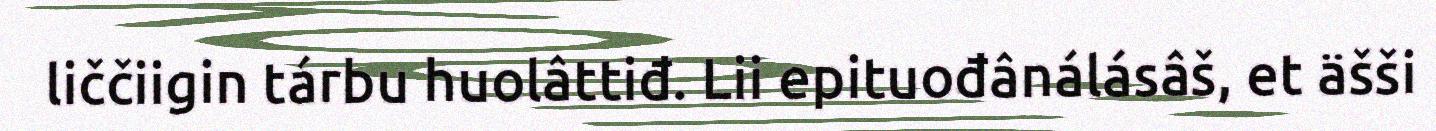
liččiigin tárbu huolâttiđ. Lii epituođânálásâš, et äšši